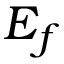
E _ { f }